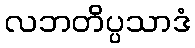
လဘတိပ္ပသာဒံ